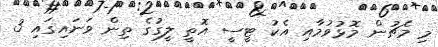
މި މެޗުން މޮޅުވުމާއި އެކު ޓީސީ އޮތީ ލީގުގެ ތިން ވަނައިގައި 3